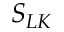
S _ { L K }